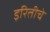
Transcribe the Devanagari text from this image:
इरितीचे